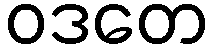
ဝဒတေ